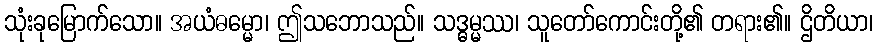
သုံးခုမြောက်သော။ အယံဓမ္မော၊ ဤသဘောသည်။ သဒ္ဓမ္မဿ၊ သူတော်ကောင်းတို့၏ တရား၏။ ဌိတိယာ၊